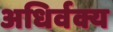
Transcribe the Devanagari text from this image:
अधिर्वक्य